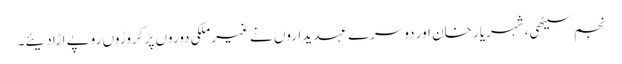
نجم سیٹھی، شہریار خان اور دوسرے عہدیداروں نے غیرملکی دوروں پر کروڑوں روپے اڑا دیئے۔